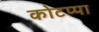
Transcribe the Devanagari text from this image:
कोटप्‍पा